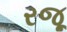
રજૂ